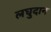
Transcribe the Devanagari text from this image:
लघुदान